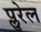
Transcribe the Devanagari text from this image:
प्लुरेल